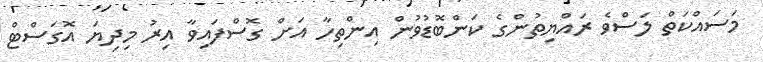
މަސައްކަތް ލަސްވެ ރައްޔިތުންގެ ކަންބޮޑުވުން އިންތިހާ އަށް ގޮސްފައިވާ އިރު މިދިޔަ އޮގަސްޓް